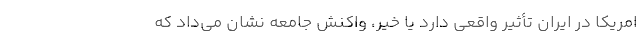
امریکا در ایران تأثیر واقعی دارد یا خیر، واکنش جامعه نشان می‌داد که